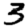
Digit: 3